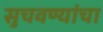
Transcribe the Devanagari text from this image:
सुचवण्यांचा